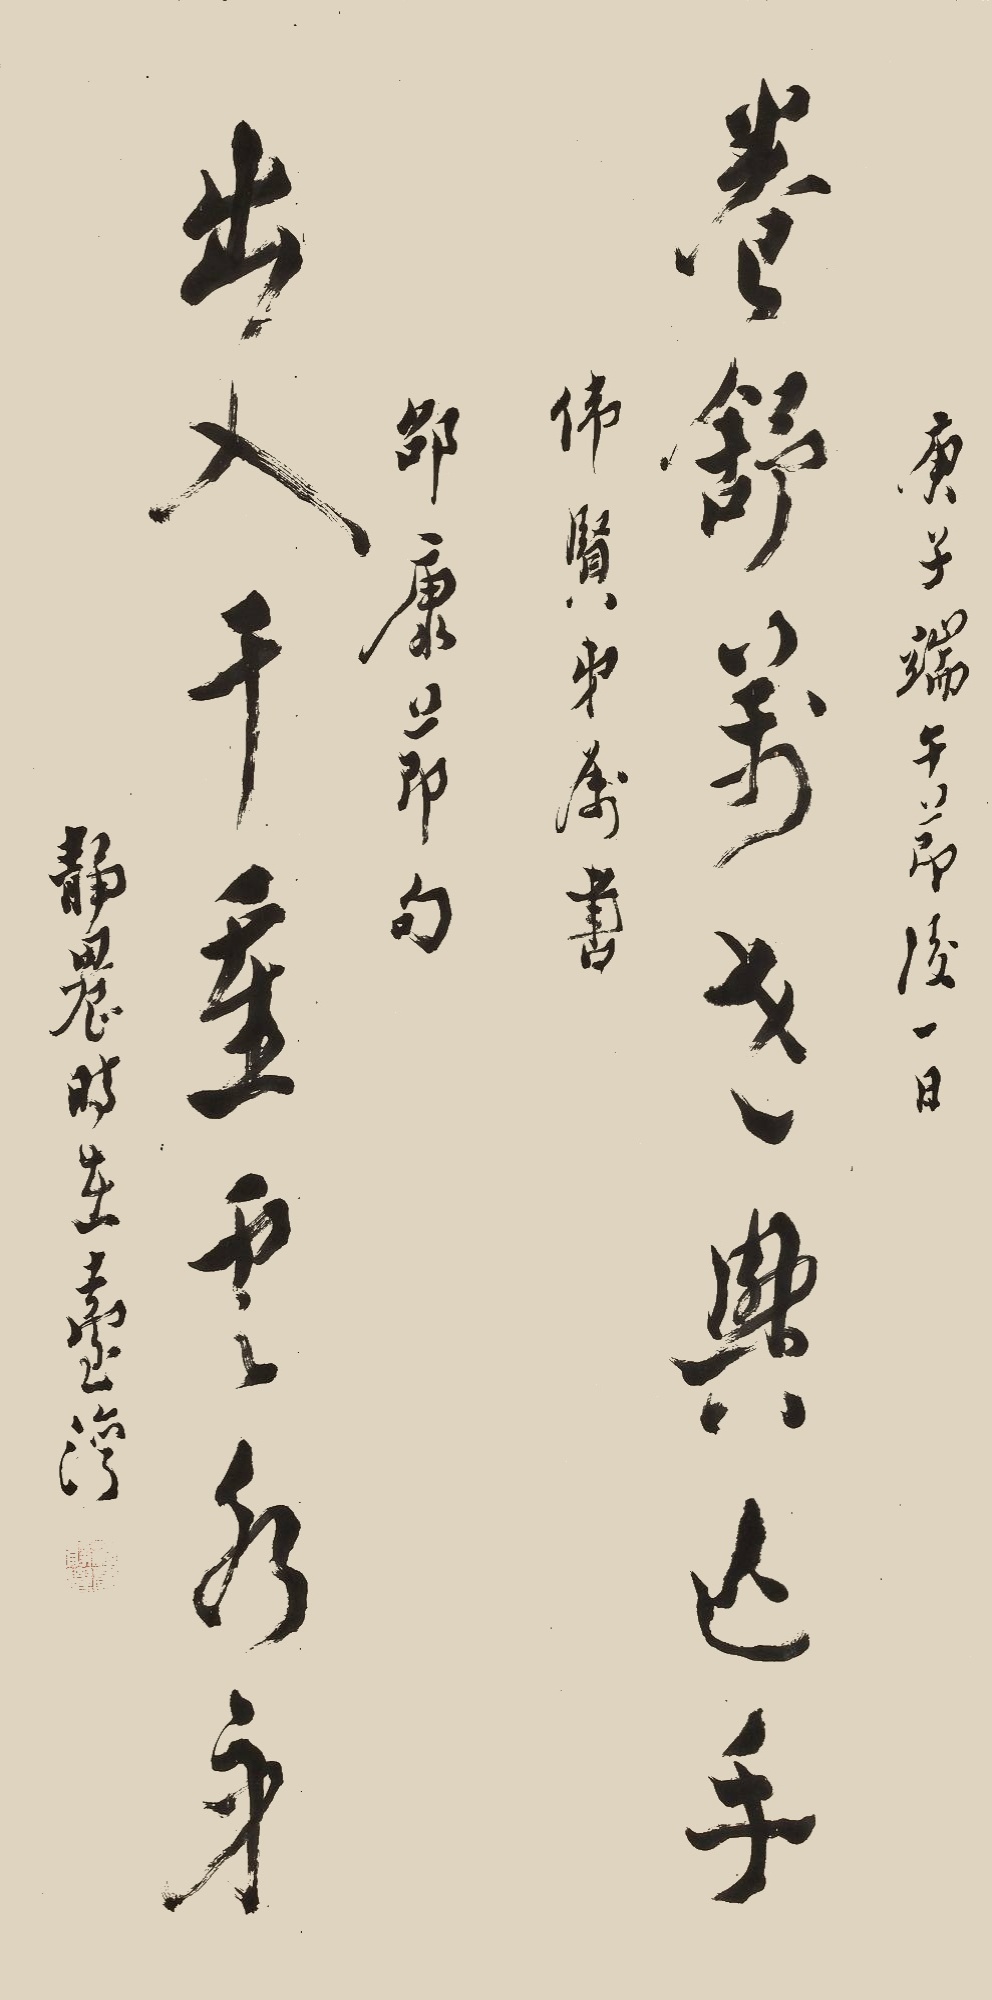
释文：卷舒万世兴亡手，出入千重云水身。庚子端午节后一日，伟贤弟属书邵康节句，静农时在台湾。